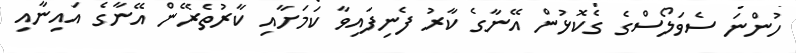
ހުންނަ ސެވަލޯސްގެ ގެކޮޅުން އޭނާގެ ކާރު ފެނިފައިވާ ކަމަށާއި ކާރުތެރޭން އޭނާގެ އައިނާއި